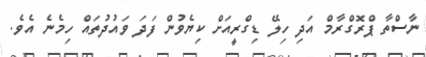
ނާސްތާ ޕްރޮގްރާމް އަދި ހިލޭ ޑިގްރީއަށް ކިޔެވުން ފަދަ ވައުދުތައް ހިމެނެ އެވެ.